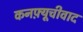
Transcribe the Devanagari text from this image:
कनफ़्यूचीवाद